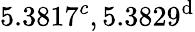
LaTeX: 5.3817^{c},5.3829^{\mathrm{d}}